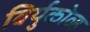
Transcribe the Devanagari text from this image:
बिर्युकोव्ह